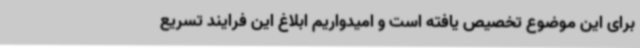
برای این موضوع تخصیص یافته است و امیدواریم ابلاغ این فرایند تسریع